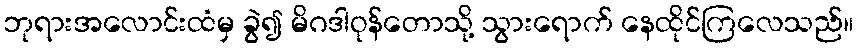
ဘုရားအလောင်းထံမှ ခွဲ၍ မိဂဒါဝုန်တောသို့ သွားရောက် နေထိုင်ကြလေသည်။